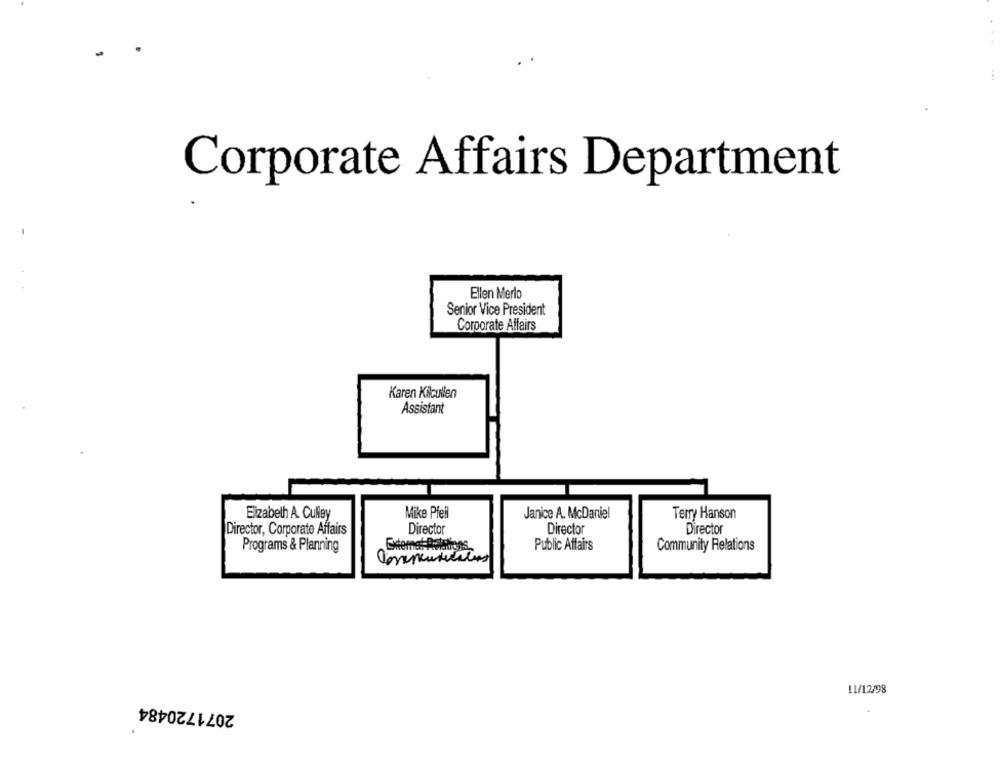
Corporate Affairs Department
Ellen Merlo
Senior Vice President
Corporate Affairs
Karen Kilcullen
Assistant
Elizabeth A. Culley
Mike Pfeil
Janice A. McDaniel
Terry Hanson
Director, Corporate Affairs
Director
Director
Director
Programs & Planning
Public Affairs
Community Relations
11/12/98
2071720484